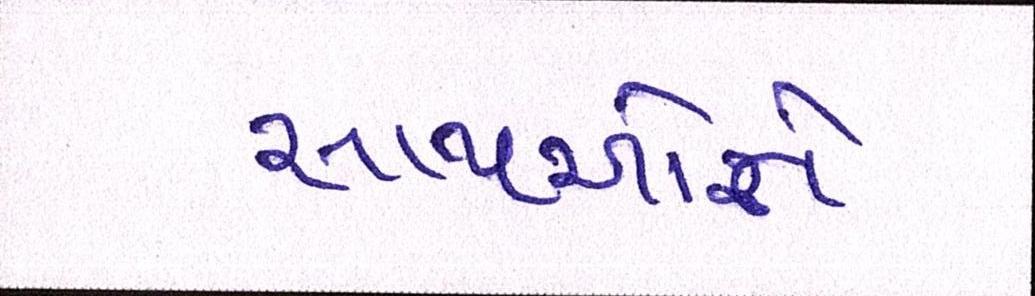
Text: સાથીઓને